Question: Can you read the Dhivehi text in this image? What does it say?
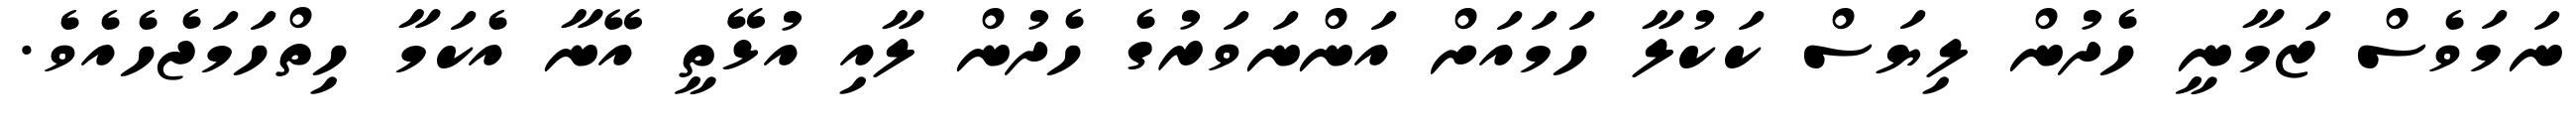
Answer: ނަމަވެސް ޒަމާނީ ހެދުން ލިޔަސް ކަކުލާ ހަމައަށް އަންނަވަރުގެ ހެދުން ލާއި އުޅޭތީ އޭނާ އެކަމާ ހިތްހަމަޖެހެއެވެ.